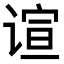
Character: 𬤎